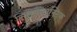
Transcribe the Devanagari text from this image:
सिनेफैंटास्टिक